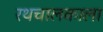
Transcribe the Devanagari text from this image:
रथचालकाला